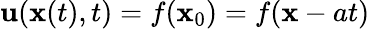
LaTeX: \mathbf{u}(\mathbf{x}(t),t)=f(\mathbf{x}_{0})=f(\mathbf{x}-at)